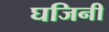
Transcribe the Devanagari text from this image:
घजिनी